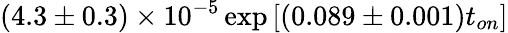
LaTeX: (4.3\pm 0.3)\times 10^{-5}\exp{[(0.089\pm 0.001)t_{on}]}